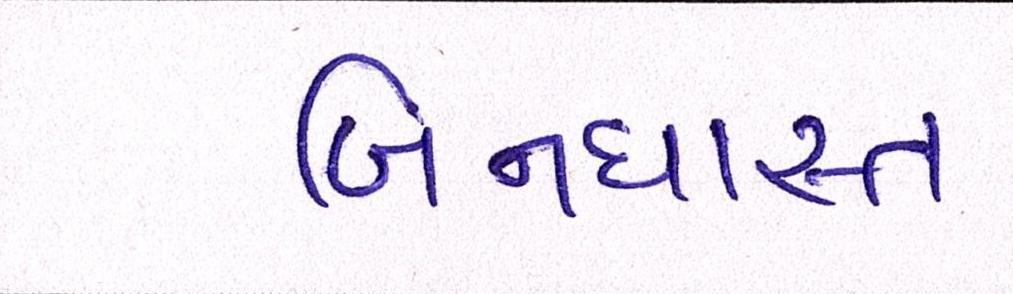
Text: બિનધાસ્ત